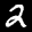
Label: 2